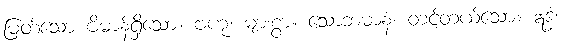
မြတ်သော ဗိမာန်ရှိသော။ ဗဟု၊ များစွာ။ သောဘမာနံ၊ တင့်တယ်သော။ ဣဒ္ဓံ၊